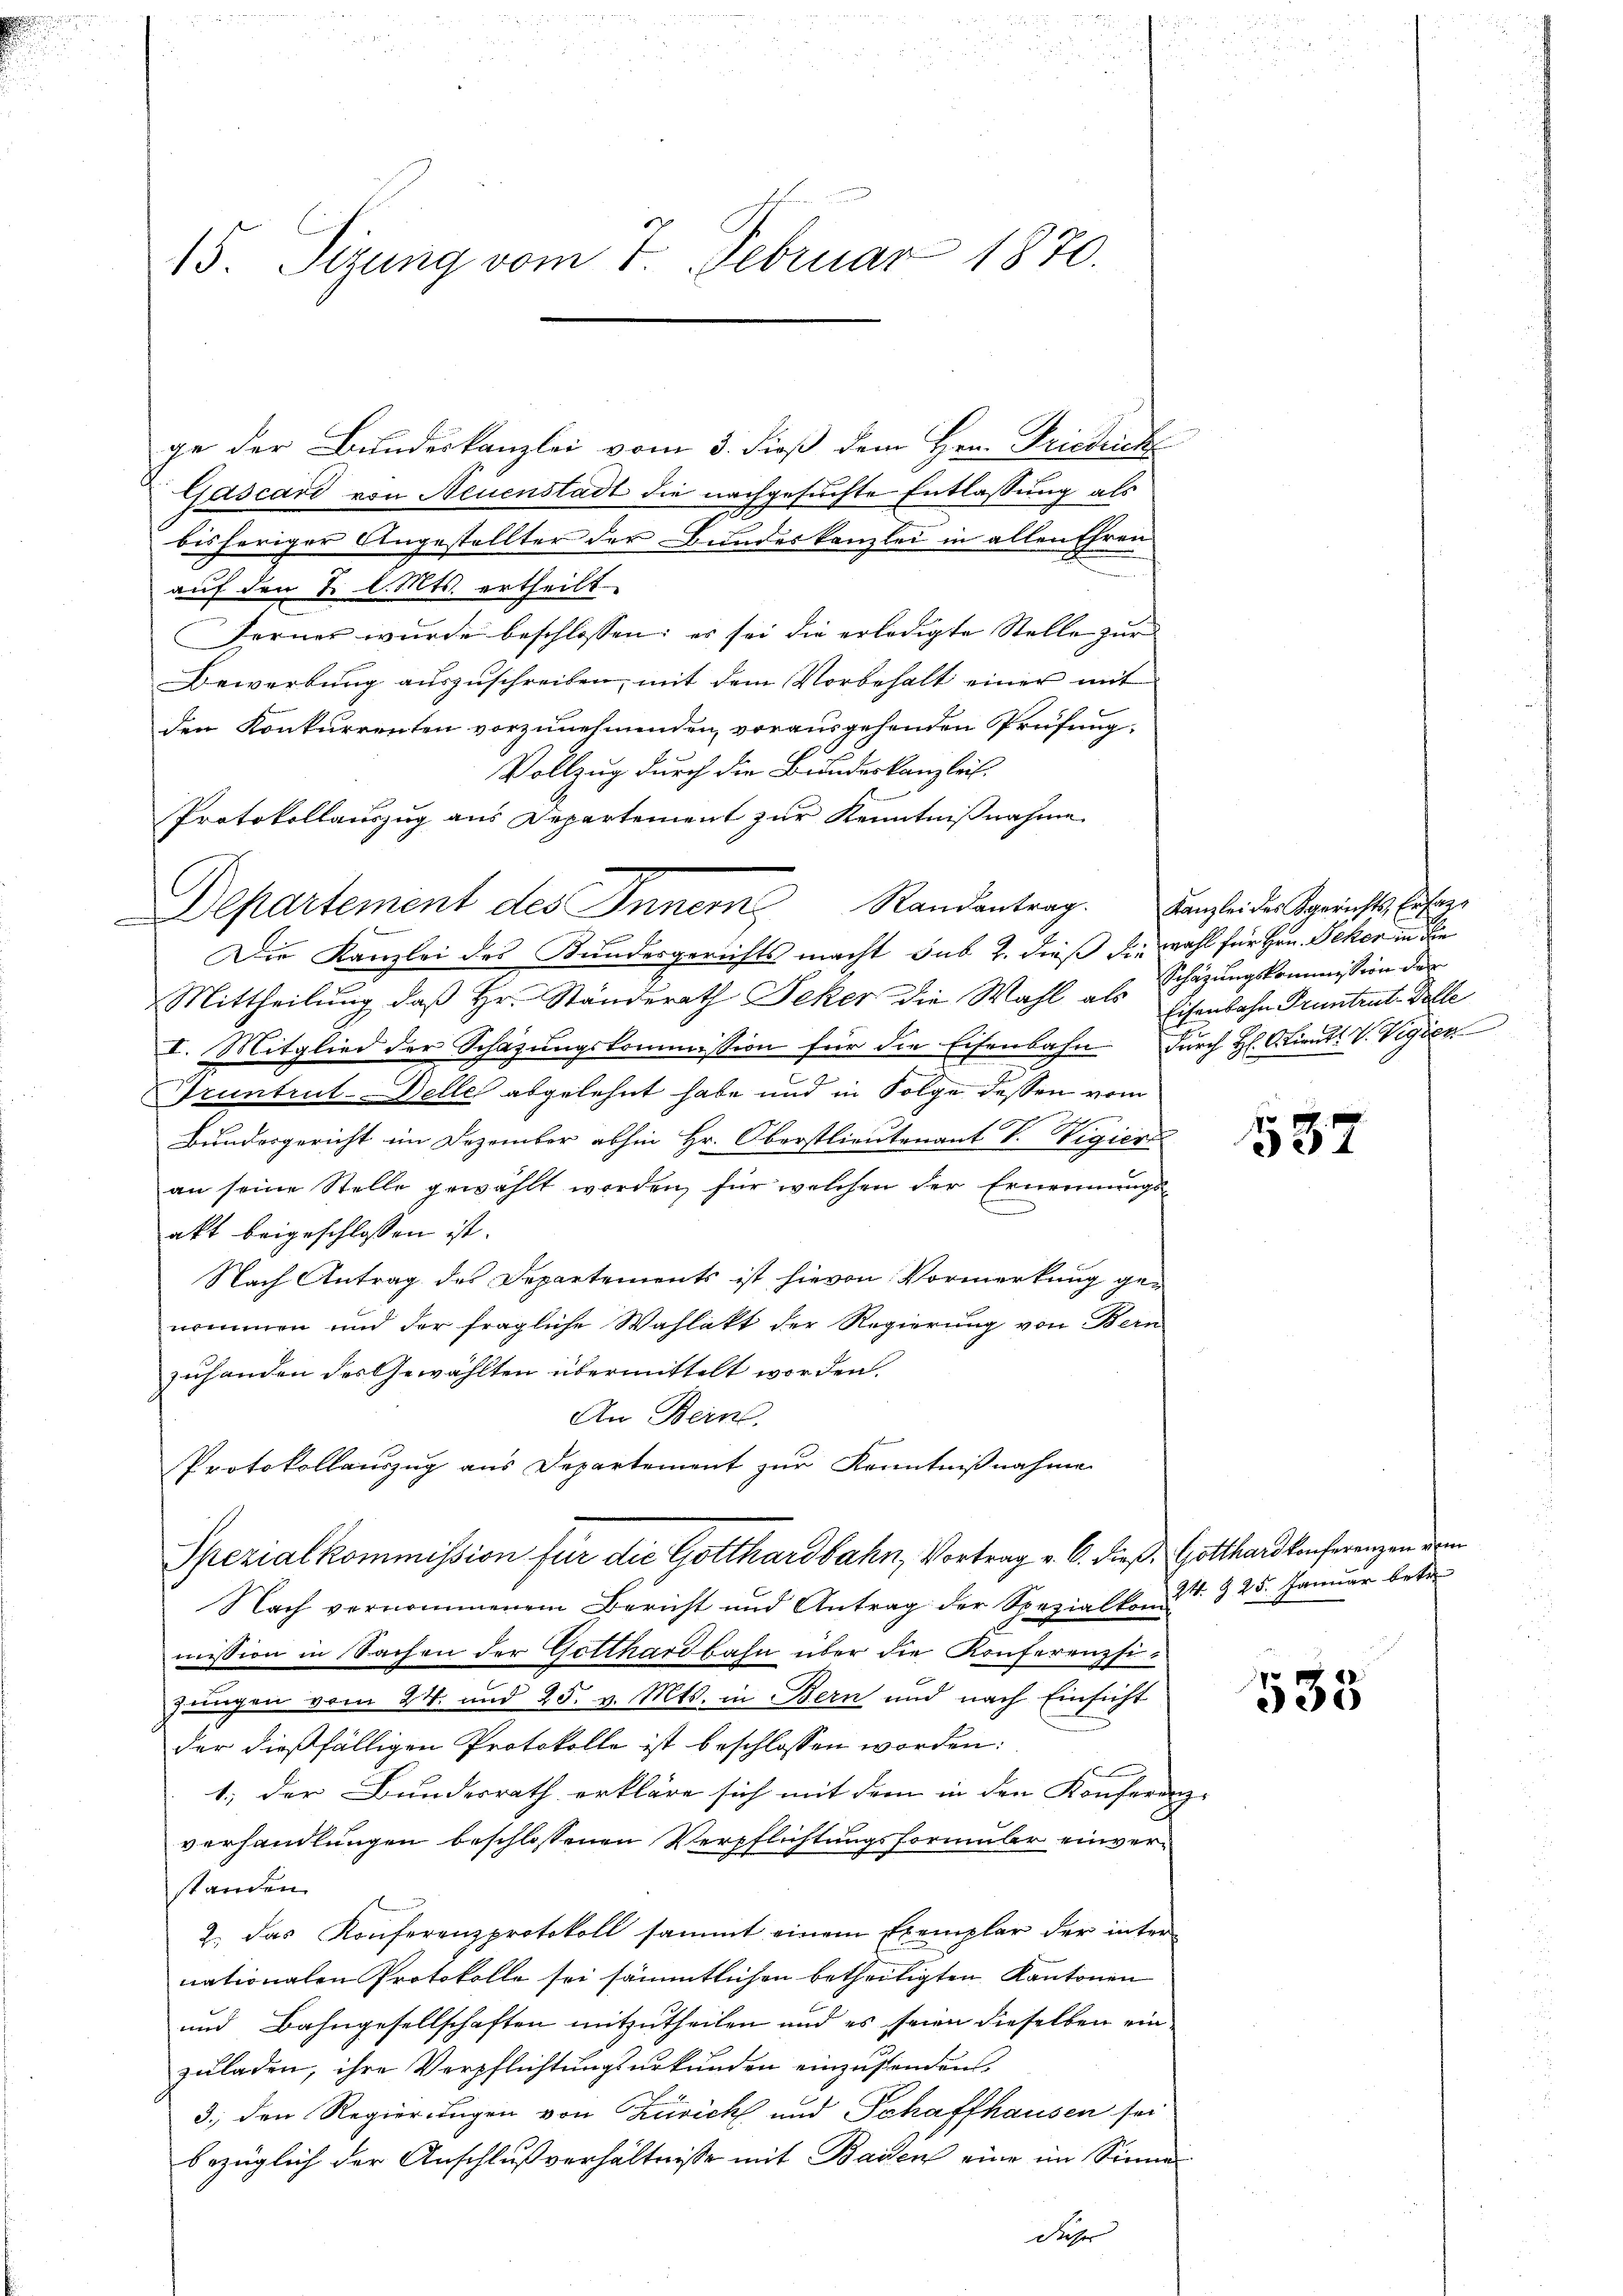
ge der Bundeskanzlei vom 3. dieß dem Hrn. Friedrich
Gascari von Neuenstadt die nachgesuchte Entlassung als
.
bisheriger Angestellter der Bundeskanzlei in allen Ehren
auf den 2 l. Mts. ertheilt.
Ferner wurde beschlossen: es sei die erledigte Stelle zur
Bewerbung auszuschreiben, mit dem Vorbehalt einer mit
den Konkurrenten vorzunehmenden, vorausgehenden Prüfung.
Vollzug durch die Bundeskanzleit.
Protokollauszug aus Departement zur Kenntnißnahme
Die Kanzlei des Bundesgerichts macht sub 2. dieß die Wahl für Hrn. Peker in die
Mittheilung, daß Hr. Ständerath Jeker die Wahl als
I. Mitglied der Schazungskommission für die Eisenbahn durch H. Ctient V. Vigier
Truntrul-Delle abgelehnt habe und in Folge dessen vom
Bundesgericht im Dezember abhin Hr. Oberstlieutenant V. Vigiert
an seine Stelle gewählt worden, für welchen der Ernennungsakt beigeschlossen ist.
Nach Antrag des Departements ist hievon Vormerkung genommen und der fragliche Wahlakt der Regierung von Bern
zuhanden des Gewählten übermittelt worden.
An Bein.
e
Protokollauszug aus Departement zur Kenntnißnahme
Spezialkommission für die Gotthardbahn, Vortrag v. 6. dieß Gotthardkonferenzen dem
Nach vernommenem Bericht und Antrag der Spezialkom-
mission in Sachen der Gotthardbahn über die Konferenzsizungen vom 24. und 25. v. Mts. in Bern und nach Einsicht
der dießfälligen Protokolle ist beschlossen worden:
1., der Bundesrath erkläre sich mit dem in den Konferen
verhandlungen beschlossenen Verpflichtungsformuler einverstanden.
2. das Konferenzprotokoll sammt einem Exemplar der inter
nationalen Protokolle sei sämmtlichen betheiligten Kantonen
und Bahngesellschaften mitzutheilen und es seien dieselben einzuladen, ihre Verpflichtungsurkunden einzustanden.
3.) den Regierungen von Zürich und Pahaffhausen sei
bezüglich der Anschlußverhältnisse mit Baden eine im Sinne
Daser

15. Sizung vom 7. Februar 1870.

Departement des Innern Randentrag. Kanzlei der Berichts Erbge

Schazungskommission der
Eisenbahn Pruntrut. Delle

532

24. § 25. Januar betr.

533